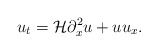
\begin{align*}u_t=\mathcal{H}\partial_x^2u+uu_x.\end{align*}